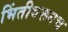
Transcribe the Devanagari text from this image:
भिंतीवरूनच